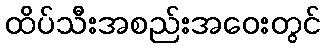
ထိပ်သီးအစည်းအဝေးတွင်